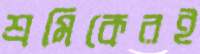
শ্রমিকেরই